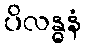
ပိလန္ဓနံ